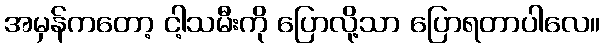
အမှန်ကတော့ ငါ့သမီးကို ပြောလို့သာ ပြောရတာပါလေ။